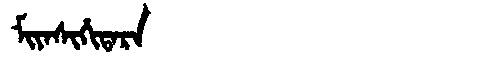
Manchu: ᠮᡳᠶᠠᠰᡳᡥᡳᡨᠠᡵᠠ
Romanization: MIYASIHITARA